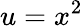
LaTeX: u=x^{2}